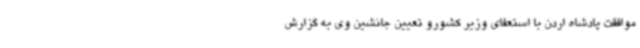
موافقت پادشاه اردن با استعفای وزیر کشورو تعیین جانشین وی به گزارش